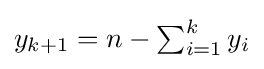
{\textstyle y_{k+1}=n-\sum _{i=1}^{k}y_{i}}